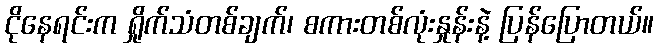
ငိုနေရင်းက ရှိုက်သံတစ်ချက်၊ စကားတစ်လုံးနှုန်းနဲ့ ပြန်ပြောတယ်။